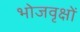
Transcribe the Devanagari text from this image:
भोजवृक्षों